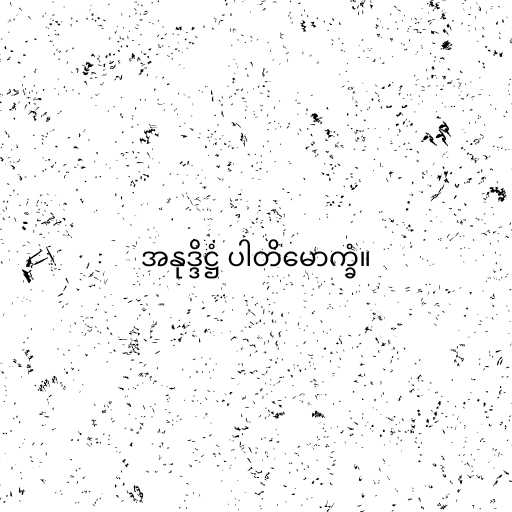
အနုဒ္ဒိဋ္ဌံ ပါတိမောက္ခံ။